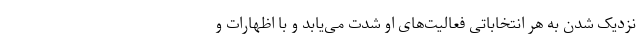
نزدیک شدن به هر انتخاباتی فعالیت‌های او شدت می‌یابد و با اظهارات و